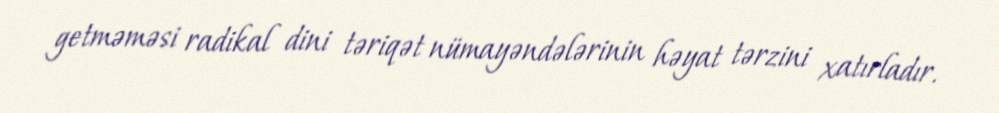
getməməsi radikal dini təriqət nümayəndələrinin həyat tərzini xatırladır.